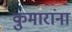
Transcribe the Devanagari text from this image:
कुमारांना